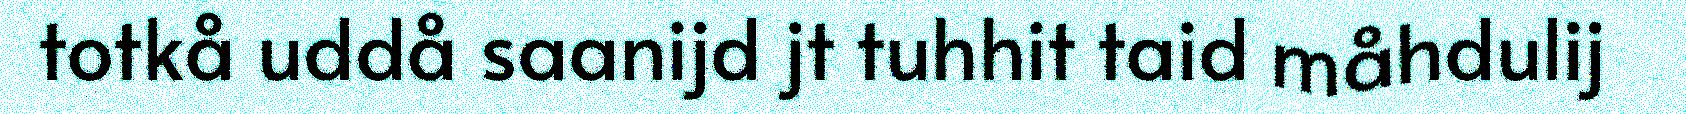
totkå uddå saanijd jt tuhhit taid måhdulij